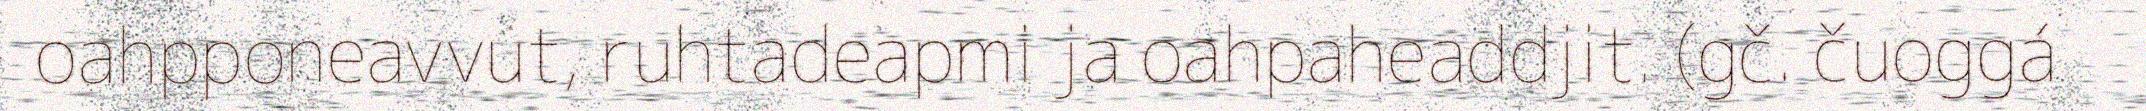
oahpponeavvut, ruhtadeapmi ja oahpaheaddjit. (gč. čuoggá